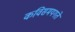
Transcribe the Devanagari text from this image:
कविसमयगते